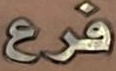
فرع